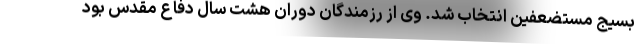
بسیج مستضعفین انتخاب شد. وی از رزمندگان دوران هشت سال دفاع مقدس بود